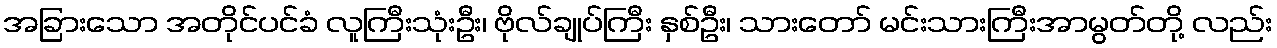
အခြားသော အတိုင်ပင်ခံ လူကြီးသုံးဦး၊ ဗိုလ်ချုပ်ကြီး နှစ်ဦး၊ သားတော် မင်းသားကြီးအာမွတ်တို့ လည်း